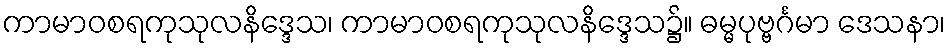
ကာမာဝစရကုသုလနိဒ္ဒေသ၊ ကာမာဝစရကုသုလနိဒ္ဒေသ၌။ ဓမ္မပုဗ္ဗင်္ဂမာ ဒေသနာ၊